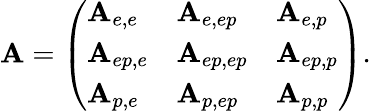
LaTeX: \mathbf{A}=\left(\begin{array}{lll}{\mathbf{A}_{e,e}}&{\mathbf{A}_{e,ep}}&{\mathbf{A}_{e,p}}\\ {\mathbf{A}_{ep,e}}&{\mathbf{A}_{ep,ep}}&{\mathbf{A}_{ep,p}}\\ {\mathbf{A}_{p,e}}&{\mathbf{A}_{p,ep}}&{\mathbf{A}_{p,p}}\end{array}\right).